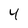
Character: 4